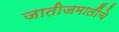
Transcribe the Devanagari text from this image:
जातीजमातींचे